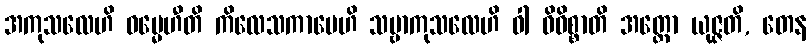
အကုသလေဟိ ဓမ္မေဟီတိ ကိလေသကာမေဟိ သဗ္ဗာကုသလေဟိ ဝါ ဝိဝိစ္စာတိ အတ္ထော ယုဇ္ဇတိ, တေန